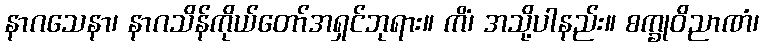
နာဂသေနာ၊ နာဂသိန်ကိုယ်တော်အရှင်ဘုရား။ ကိံ၊ အသို့ပါနည်း။ စက္ခုဝိညာဏံ၊